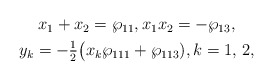
\begin{align*}\begin{gathered}x_1 + x_2 = \wp_{11},x_1 x_2 = -\wp_{13},\\y_k = -\tfrac{1}{2} \big(x_k \wp_{111} + \wp_{113}),k=1,\,2,\end{gathered}\end{align*}